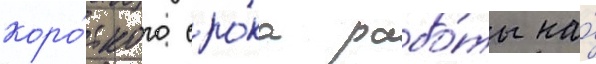
коро́ткого сро́ка рабо́ты на́